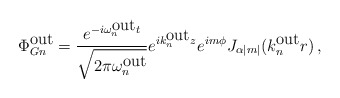
\begin{align*}\Phi_{Gn}^{\mbox{out}}=\frac{e^{-i\omega_n^{\mbox{out}}t}}{\sqrt{2\pi\omega_n^{\mbox{out}}}}e^{ik_n^{\mbox{out}}z}e^{im\phi}J_{\alpha |m|}(k^{\mbox{out}}_nr)\, ,\end{align*}